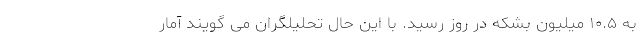
به ۱۰.۵ میلیون بشکه در روز رسید. با این حال تحلیلگران می گویند آمار